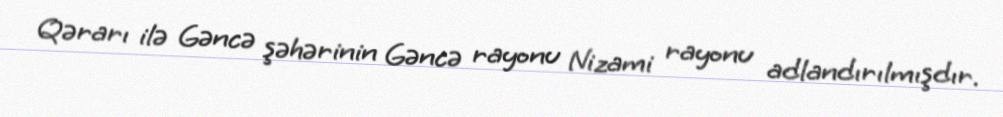
Qərarı ilə Gəncə şəhərinin Gəncə rayonu Nizami rayonu adlandırılmışdır.